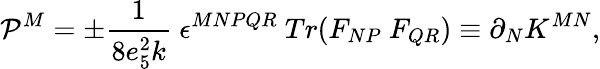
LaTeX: {\cal P}^{M}=\pm\frac{1}{8e_{5}^{2}k}\ \epsilon^{MNPQR}\ Tr(F_{NP}\ F_{QR})\equiv\partial_{N}K^{MN},